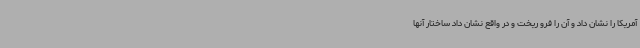
آمریکا را نشان داد و آن را فرو ریخت و در واقع نشان داد ساختار آنها